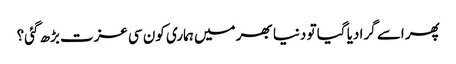
پھر اسے گرا دیا گیا تو دنیا بھر میں ہماری کون سی عزت بڑھ گئی؟